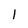
Character: l